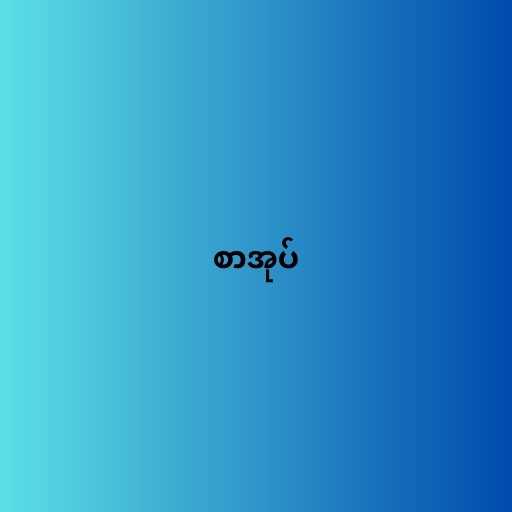
စာအုပ်